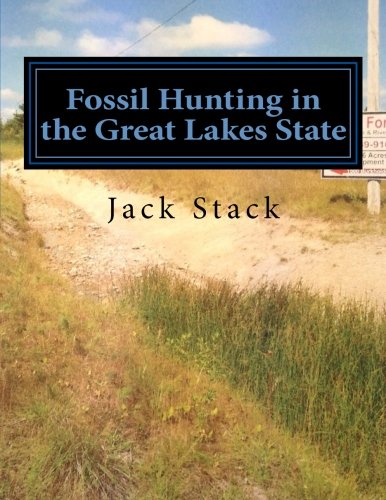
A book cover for Fossil Hunting in the Great Lakes State: An Amateur's Guide to Fossil Hunting in Michigan; Jack R Stack; Science & Math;